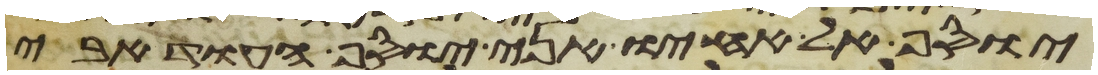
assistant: יוסף אל אחיו אני יוסף העוד אבי